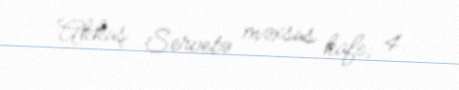
Akkuş Servetə məxsus kafe; 4.